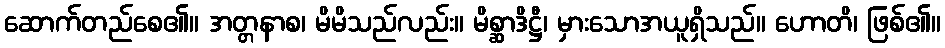
ဆောက်တည်စေ၏။ အတ္တနာစ၊ မိမိသည်လည်း။ မိစ္ဆာဒိဋ္ဌီ၊ မှားသောအယူရှိသည်။ ဟောတိ၊ ဖြစ်၏။